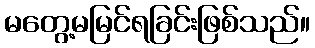
မတွေ့မမြင်ရခြင်းဖြစ်သည်။